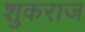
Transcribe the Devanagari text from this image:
शुकराज